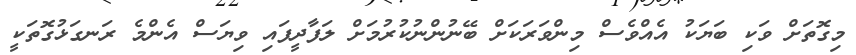
މިގޮތަށް ވަކި ބަޔަކު އެއްވެސް މިންވަރަކަށް ބޭނުންނުކުރުމަށް ލަފާދީފައި ވިޔަސް އެންމެ ރަނގަޅުގޮތަކީ